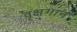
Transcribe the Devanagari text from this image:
वृक्षगान